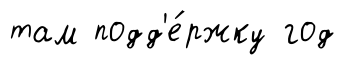
там подд'е́ржку год